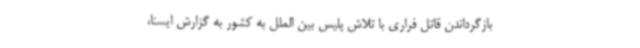
بازگرداندن قاتل فراری با تلاش پلیس بین الملل به کشور به گزارش ایسنا،